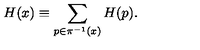
H ( x ) \equiv \sum _ { p \in \pi ^ { - 1 } ( x ) } H ( p ) .